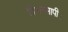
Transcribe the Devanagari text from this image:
विभवमापी।